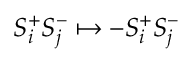
S _ { i } ^ { + } S _ { j } ^ { - } \mapsto - S _ { i } ^ { + } S _ { j } ^ { - }